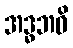
အဒ္ဓဘဝိ